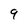
Character: 9